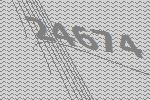
24674